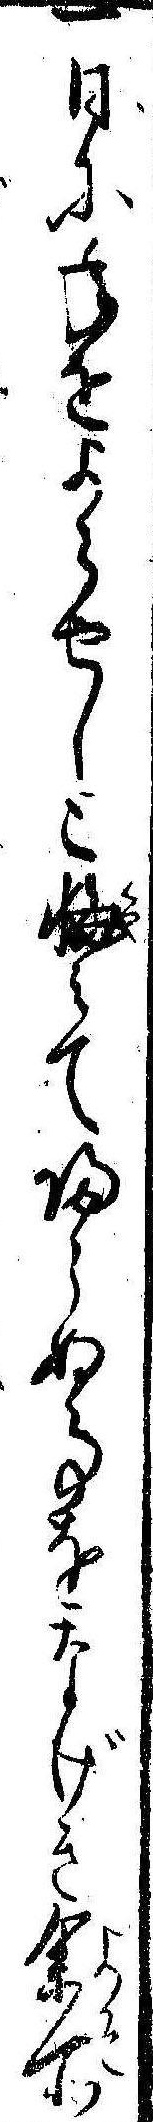
一日に年をよらせしと悔みて帰らぬ事をなげき余所